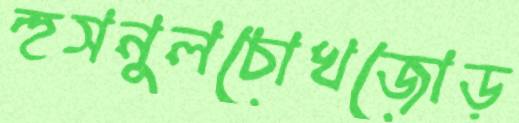
হুসনুলচোখজোড়